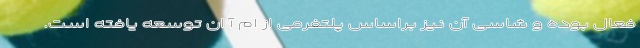
فعال بوده و شاسی آن نیز براساس پلتفرمی از ام آ ان توسعه یافته است.